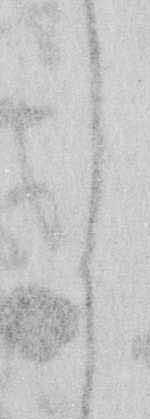
月